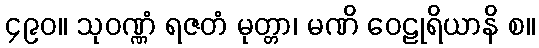
၄၉၀။ သုဝဏ္ဏံ ရဇတံ မုတ္တာ၊ မဏိ ဝေဠုရိယာနိ စ။